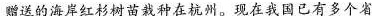
赠送的海岸红杉树苗栽种在杭州。现在我国已有多个省